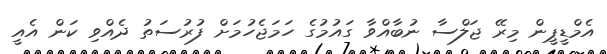
އެމްޑީޕީން މިރޭ ޖަލްސާ ނުބާއްވާ ގައުމުގެ ހަމަޖެހުމަށް ފުރުސަތު ދެއްވި ކަން އެއީ